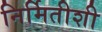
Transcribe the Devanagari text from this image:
निर्मितीशी